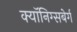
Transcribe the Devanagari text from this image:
क्यॉनिग्सबेर्ग